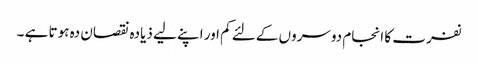
نفرت کا انجام دوسروں کےلئے کم اور اپنے لیے ذیادہ نقصان دہ ہوتا ہے ۔